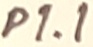
Text: P1.1